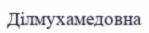
Ділмухамедовна